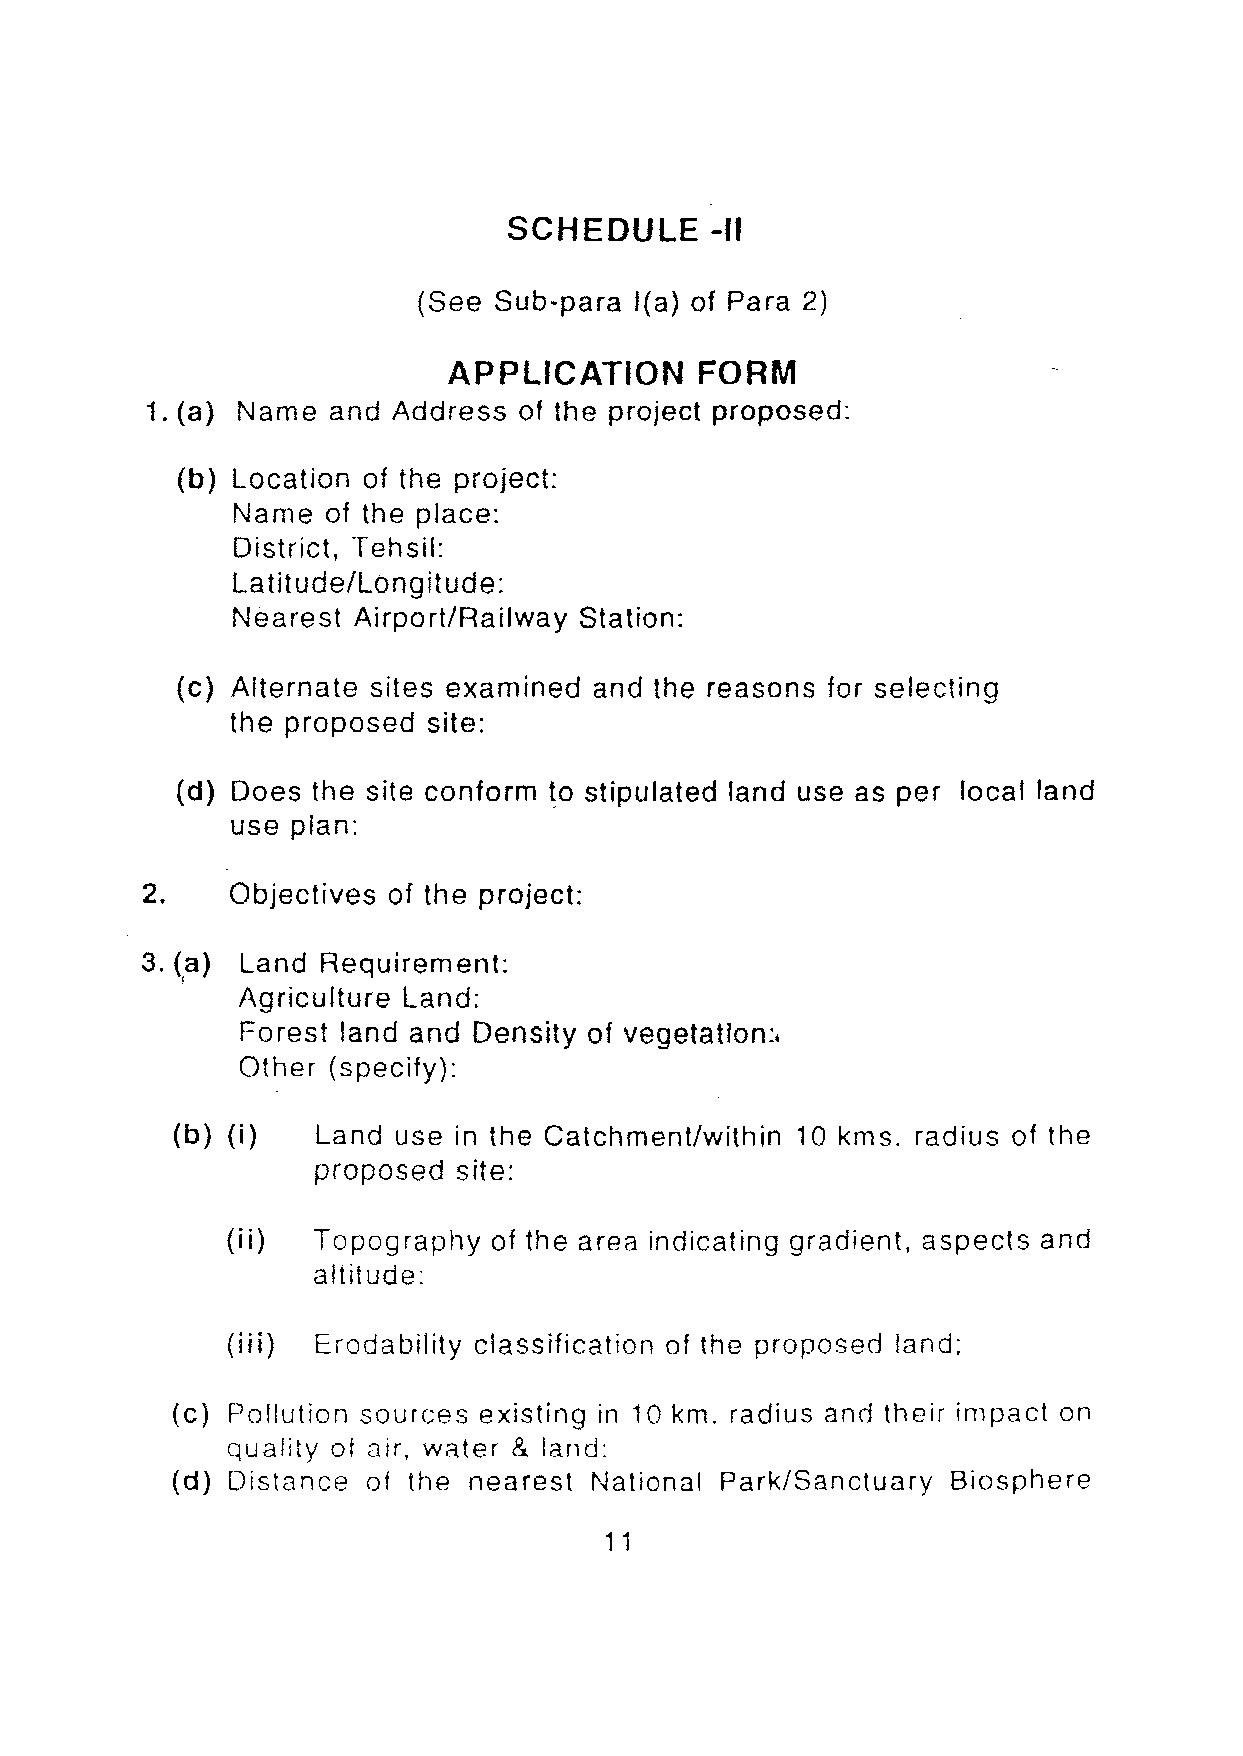
SCHEDULE     -II
 (See Sub-para I(a) of Para 2)
 APPLICATION     FORM
 1. (a) Name and Address of the project proposed:
 (b) Location of the project:
 Name   of the place:
 District, Tehsil:
 Latitude/Longitude:
 Nearest Airport/Railway Station:
 (c) Alternate sites examined and the reasons for selecting
 the proposed site:
 (d) Does the site conform to stipulated land use as per local land
 use plan:
 2.    Objectives of the project:
 3. (a) Land Requirement:
 I
 Agriculture Land:
 Forest land and Density of veqetatlon;
 Other (specify):
 (b) (i)   Land use in the Catchment/within 10 kms. radius of the
 proposed site:
 (ii)  Topography  of the area indicating gradient, aspects and
 altitude:
 (iii) Erodability classification of the proposed land;
 (c) Pollution sources existing in 10 km. radius and their impact on
 quality of air, water & land:
 (d) Distance of the nearest National Park/Sanctuary Biosphere
 11